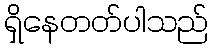
ရှိနေတတ်ပါသည်